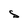
Character: S